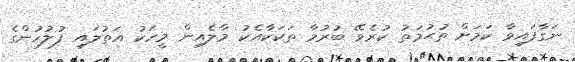
ނަގާފައިވާ ކަމަށް ތުޙުމަތު ކުރެވޭ ބުރުމާ ތަކަކާއެކު މާލެއިން މީހަކު އަތުލައި ފުލުހުންގެ